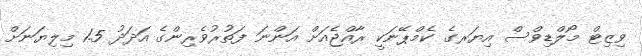
ވިޒިޓް މޯލްޑިވްސް އިޔަރގެ ކެމްޕޭނަކީ ރާއްޖެއަށް އަންނަ ފަތުރުވެރިންގެ އަދަދު 1.5 މިލިޔަނަށް